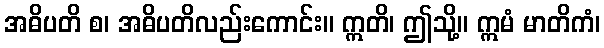
အဓိပတိ စ၊ အဓိပတိလည်းကောင်း။ ဣတိ၊ ဤသို့။ ဣမံ မာတိကံ၊